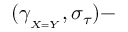
( \gamma _ { _ { X = Y } } , \sigma _ { \tau } ) -